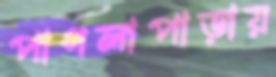
পাগলাপাড়ায়